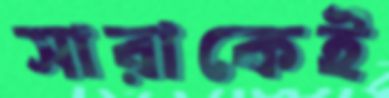
সারাকেই